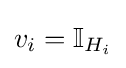
v_{i}=\mathbb {I} _{H_{i}}